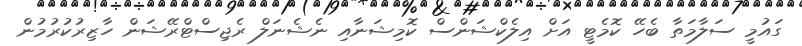
ގައުމީ ސަލާމަތާ ބެހޭ ކޮމެޓީ އަށް އިލެކްޝަންސް ކޮމިޝަނާއި ނެޝެނަލް ރެޖިސްޓްރޭޝަން ހާޒިރުކުރުމުން